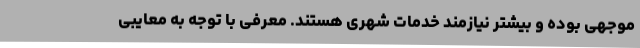
موجهی بوده و بیشتر نیازمند خدمات شهری هستند. معرفی با توجه به معایبی